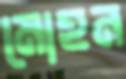
মোহন